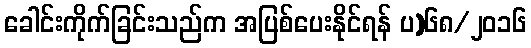
ခေါင်းကိုက်ခြင်းသည်က အပြစ်ပေးနိုင်ရန် ပ)၆၈/၂၀၁၆